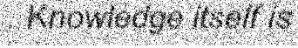
. Knowledge itself is